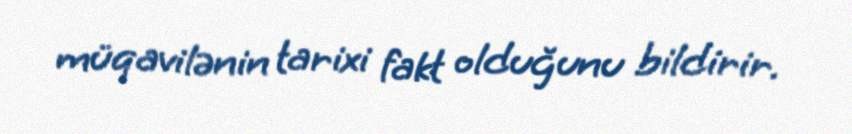
müqavilənin tarixi fakt olduğunu bildirir.